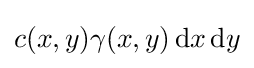
c(x,y)\gamma (x,y)\,\mathrm {d} x\,\mathrm {d} y